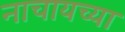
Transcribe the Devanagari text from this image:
नाचायच्या